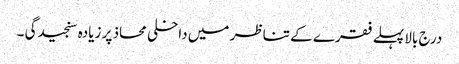
درج بالا پہلے فقرے کے تناظر میں داخلی محاذ پر زیادہ سنجیدگی ۔